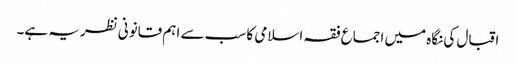
اقبال کی نگاہ میں اجماع فقہ اسلامی کا سب سے اہم قانونی نظریہ ہے۔